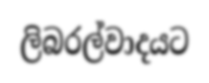
ලිබරල්වාදයට